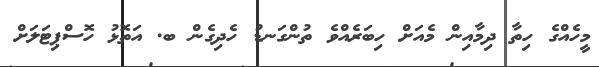
މީހެއްގެ ހިތާ ދިމާއިން މެއަށް ހިބަރެއްވެ ތުންގަނޑު ހެދިގެން ބ. އަތޮޅު ހޮސްޕިޓަލަށް